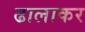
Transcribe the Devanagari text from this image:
ढालाकर